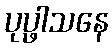
ပုပ္ဖါသနေ